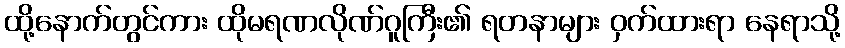
ထို့နောက်တွင်ကား ထိုမရဏလိုဏ်ဂူကြီး၏ ရတနာများ ဝှက်ထားရာ နေရာသို့